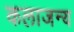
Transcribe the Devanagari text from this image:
कलाजन्य